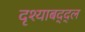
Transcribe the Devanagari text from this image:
दृश्याबद्द्ल